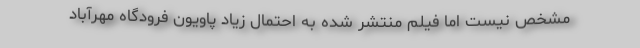
مشخص نیست اما فیلم منتشر شده به احتمال زیاد پاویون فرودگاه مهرآباد